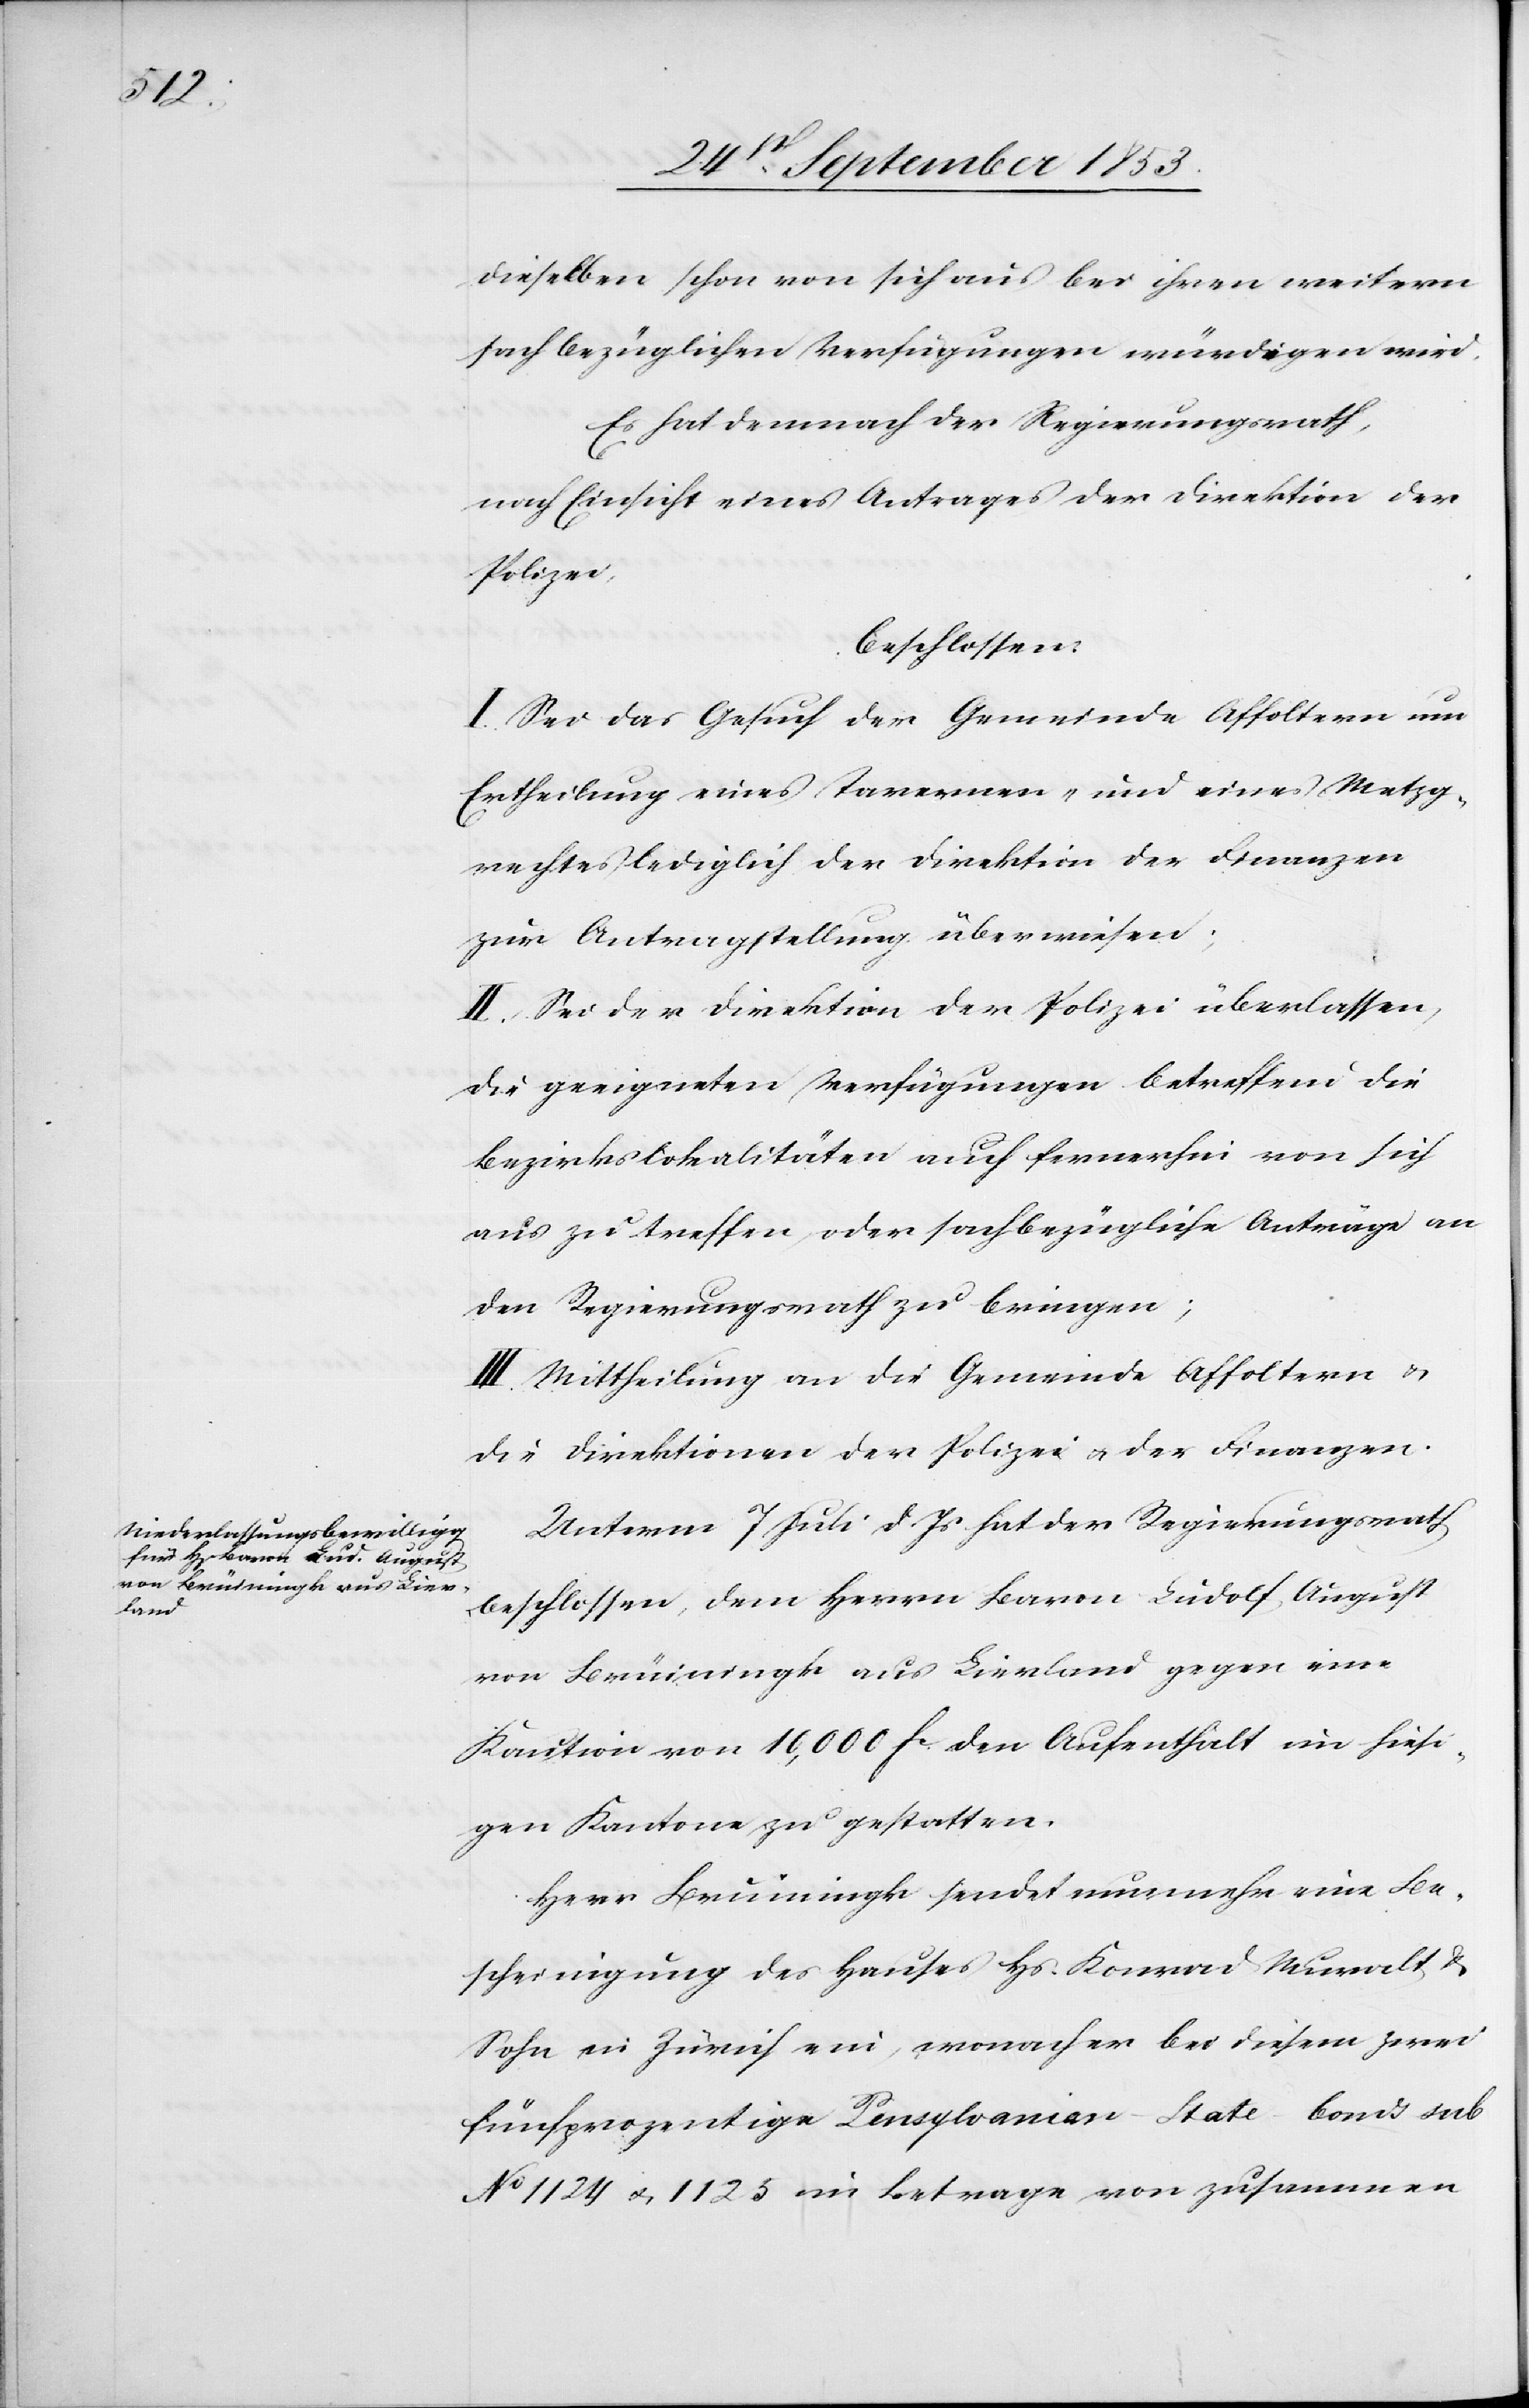
dieselbe schon von sich aus bei ihren weitern
sachbezüglichen Versicherungen würdigen wird.
Es hat demnach der Regierungsrath,
nach Einsicht eines Antrages der Direktion der
Polizei,
beschlossen:
I. Sei das Gesuch der Gemeinde Affoltern um
Ertheilung eines Tavernen- und eines Metzg¬
rechtes lediglich der Direktion der Finanzen
zur Antragstellung zu überweisen;
II. Sei der Direktion der Polizei überlassen,
die geeigneten Verfügungen betreffend die
Bezirkslokalitäten auch fernerhin von sich
aus zu treffen oder sachbezügliche Anträge an
den Regierungsrath zu bringen;
III. Mittheilung an die Gemeinde Affoltern u.
die Direktionen der Polizei u. der Finanzen.
Unterm 7 Juli d. Js. hat der Regierungsrath
beschlossen, dem Herrn Baron Ludolf, August
von Brüiningk aus Lievland gegen eine
Kaution von 10,000 fc den Aufenthalt in hiesi¬
gem Kantone zu gestatten.
Herr Bruiningk [sic!] sendet nunmehr eine Be¬
scheinigung des Hauses Hs. Konrad Muralt u.
Sohn in Zürich ein, wonach er bei diesem zwei
fünfprozentige Lensgloanier-State Bonds sub
N° 1124 u. 1125 im Betrage von zusammen